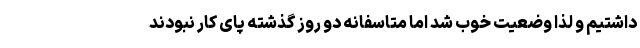
داشتیم و لذا وضعیت خوب شد اما متاسفانه دو روز گذشته پای کار نبودند